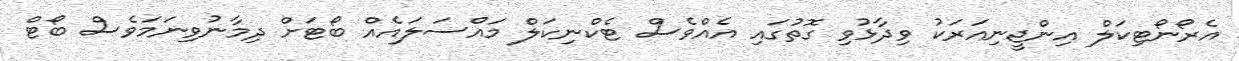
އެރޯނޯޓިކަލް އިންޖީނިއަރަކު ވިދާޅުވި ގޮތުގައި އެއްވެސް ޓެކްނިކަލް މައްސަލައެއް ބޯޓަށް ދިމާނުވިނަމަވެސް ބޯޓް